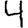
Digit: 4